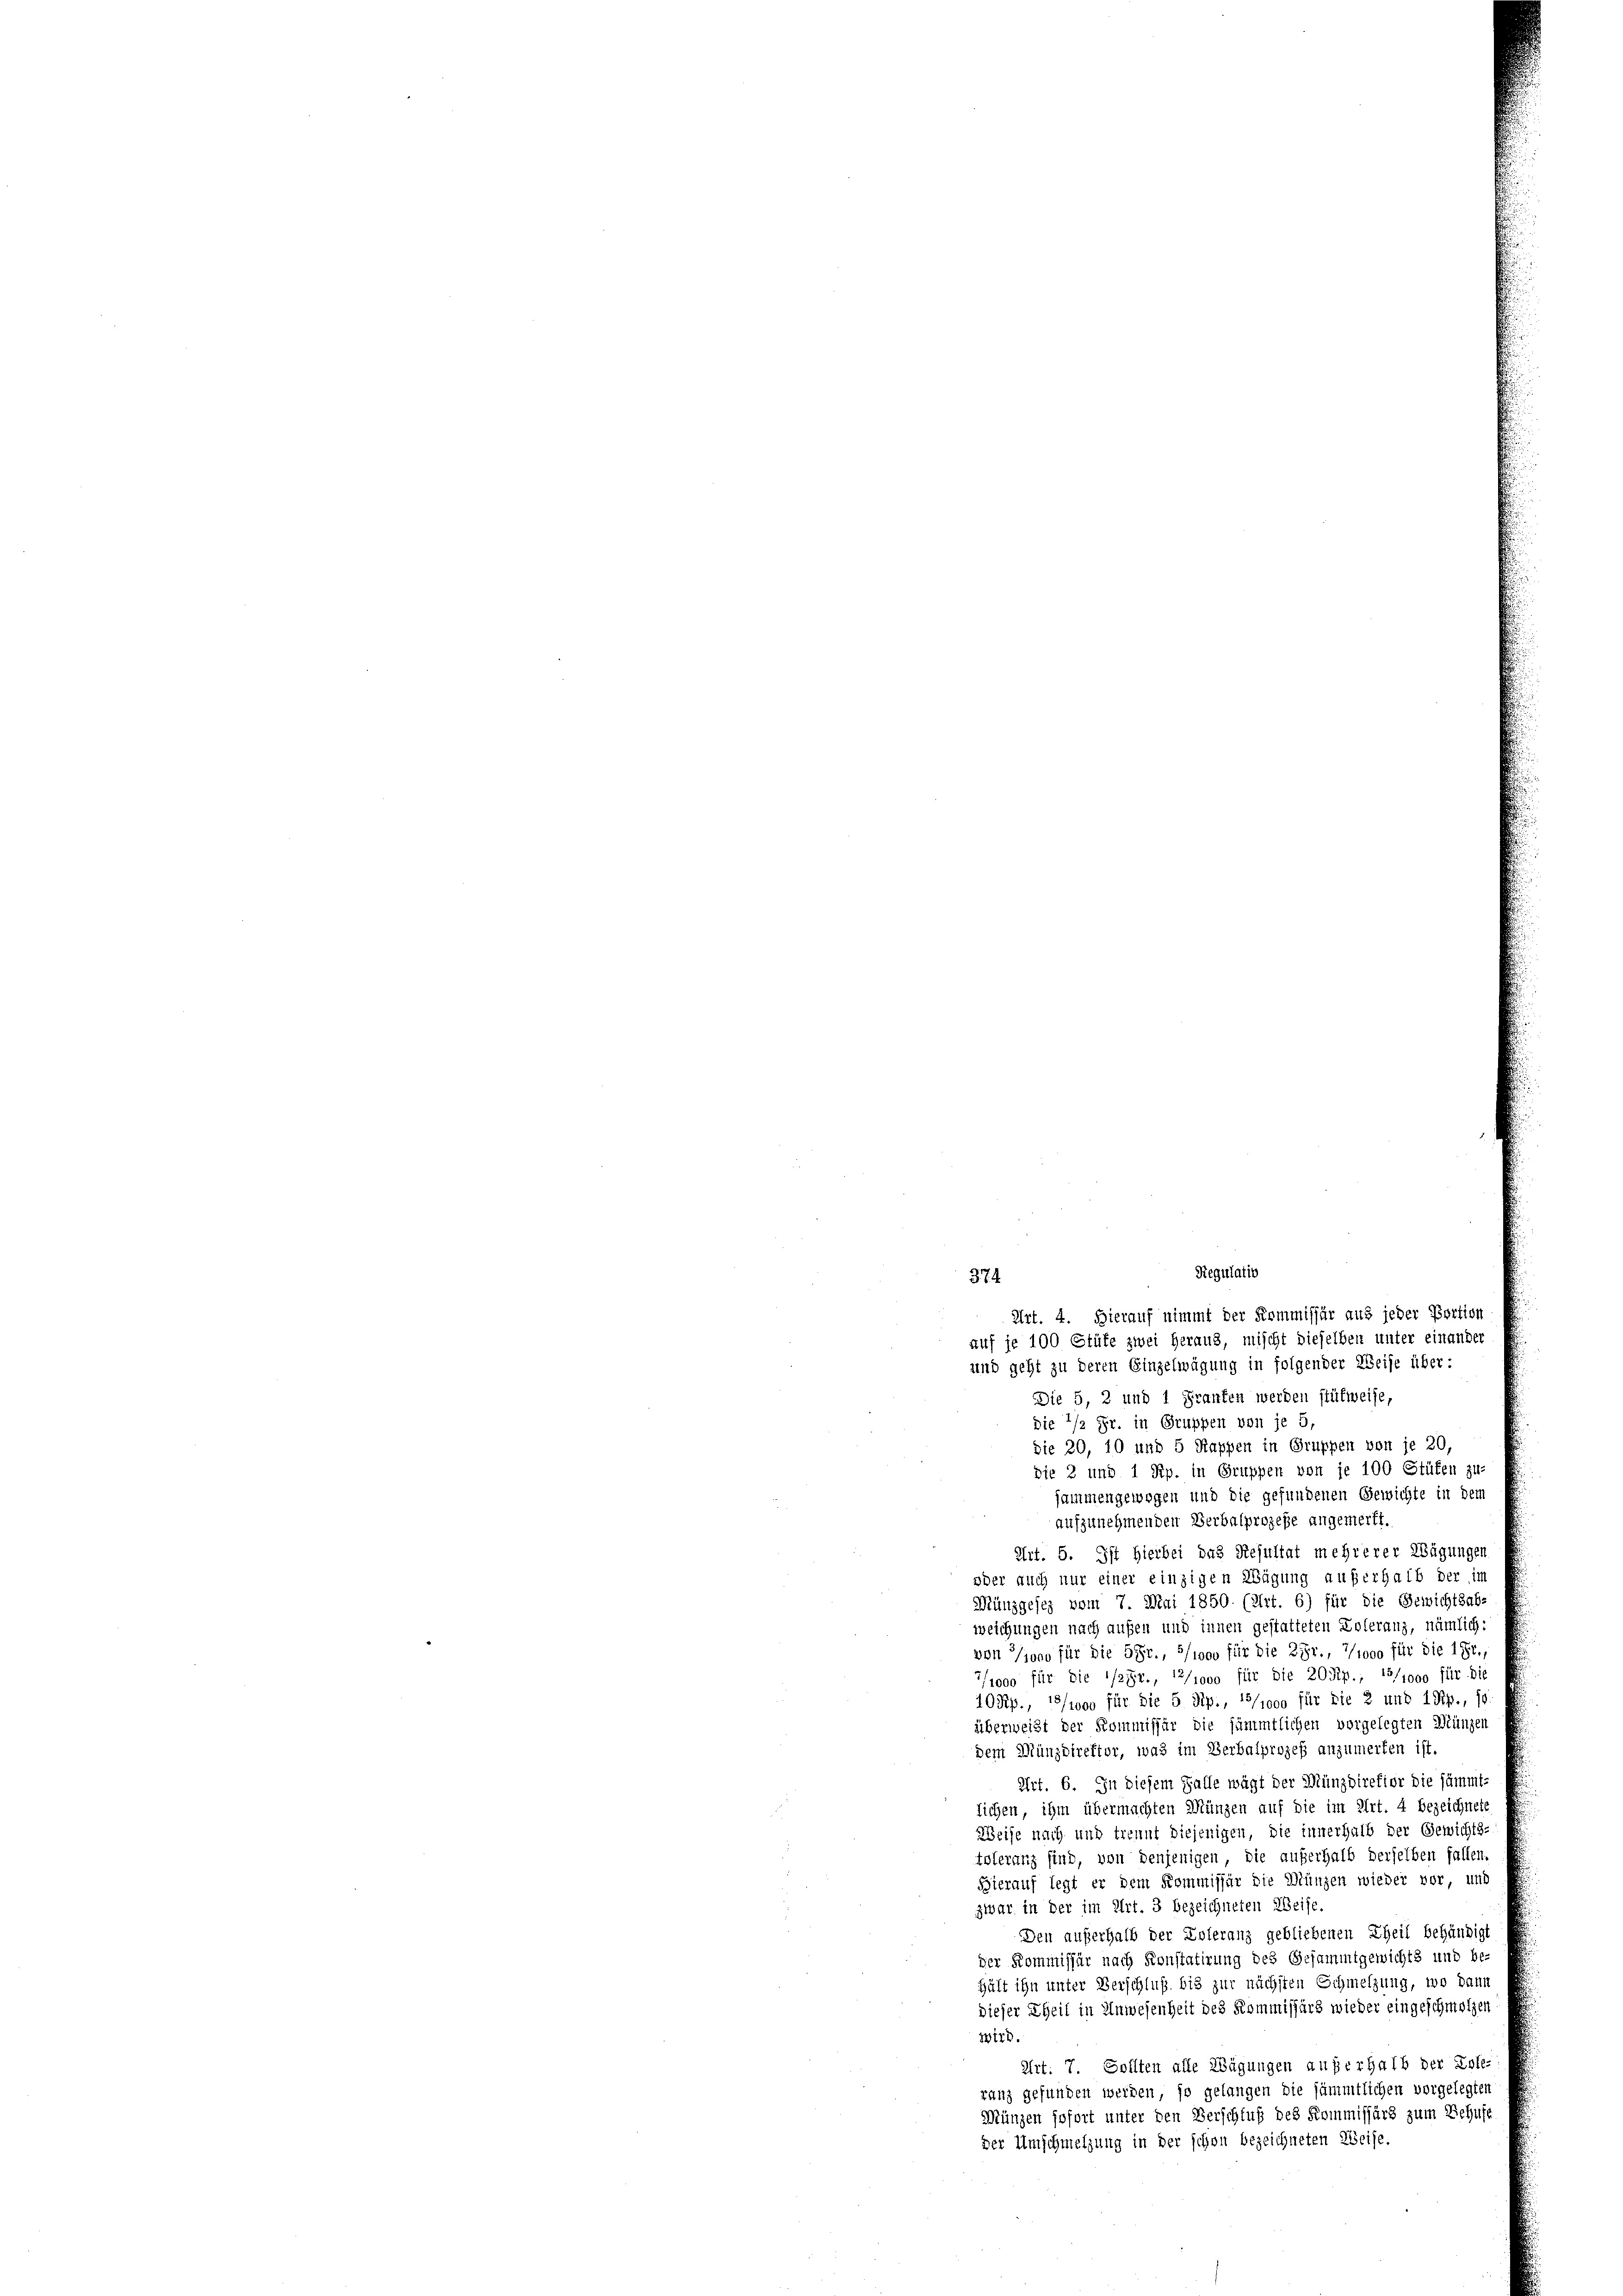
Regulatio
374
Art. 4. Hierauf nimmt der Kommissär aus jeder Portion
auf je 100 Stüte zwei Heraus, mischt dieselben unter einander
und geht zu deren Einzelwägung in folgender Weise über:
Die 5, 2 und 1 Franken werden stüfweise,

die 1/2 Fr. in Gruppen von je 5,
die 20, 10 und 5 Rappen in Gruppen von je 20,
die 2 und 1 Rip. in Gruppen von je 100 Stüken zu-
jammengewogen und die gefundenen Gewichte in den
aufzunehmenden Verbalprozeße angemerkt.
Art. 5. Ist hierbei das Resultat mehrerer Wägungen
oder auch nur einer einzigen Wägung auferhalb der im
Münzgesez vom 7. Mai 1850. (Art. 6) für die Gewichtsab-
weichungen nach aufen und innen gestatteten Zoleranz, nämlich:
von Joco für die 5 Fr., 5/1000 für die 2fr., 7000 für die 1 Fr.,
/1000 für die 1/2 Fr., 12/1000 für die 20 Rp., 15/1000 für die
10 Rp., 1/1000 für die 5 Rip., 15/1000 für die 2 und 1 Rp., so
überweist der Kommissär die sämmtlichen vorgelegten Münzen
dem Münzdirektor, was im Verbalprozeß anzumerken ist.
Art. 6. In diesem Falle wägt der Münzdirefior die sämmt-
lichen, ihm übermachten Münzen auf die im Art. 4 bezeichnete
Weise nach und trennt diejenigen, die innerhalb der Gewichts-
toleranz find, von denjenigen, die außerhalb derselben fallen.
Hierauf legt er dem Kommissär die Münzen wieder vor und
zwar in der im Art. 3 bezeichneten Weise
Den außerhalb der Eoleranz gebliebenen Theil behändigt
der Kommissär nach Konstatirung des Gesammtgewichts und be-
Hält ihn unter Verschluß bis zur nächsten Schmelzung, wo dann
dieser Theil in Anwesenheit des Kommissärs wieder eingeschmerzen
wird.
Art: 7. Sollten alle Wägungen außerhalb der Zoll-
ranz gefunden werden, so gelangen die sämmtlichen vorgelegten
Münzen sofort unter den Verschluß des Kommissärs zum Behufe
der Umschmelzung in der schon bezeichneten Weise